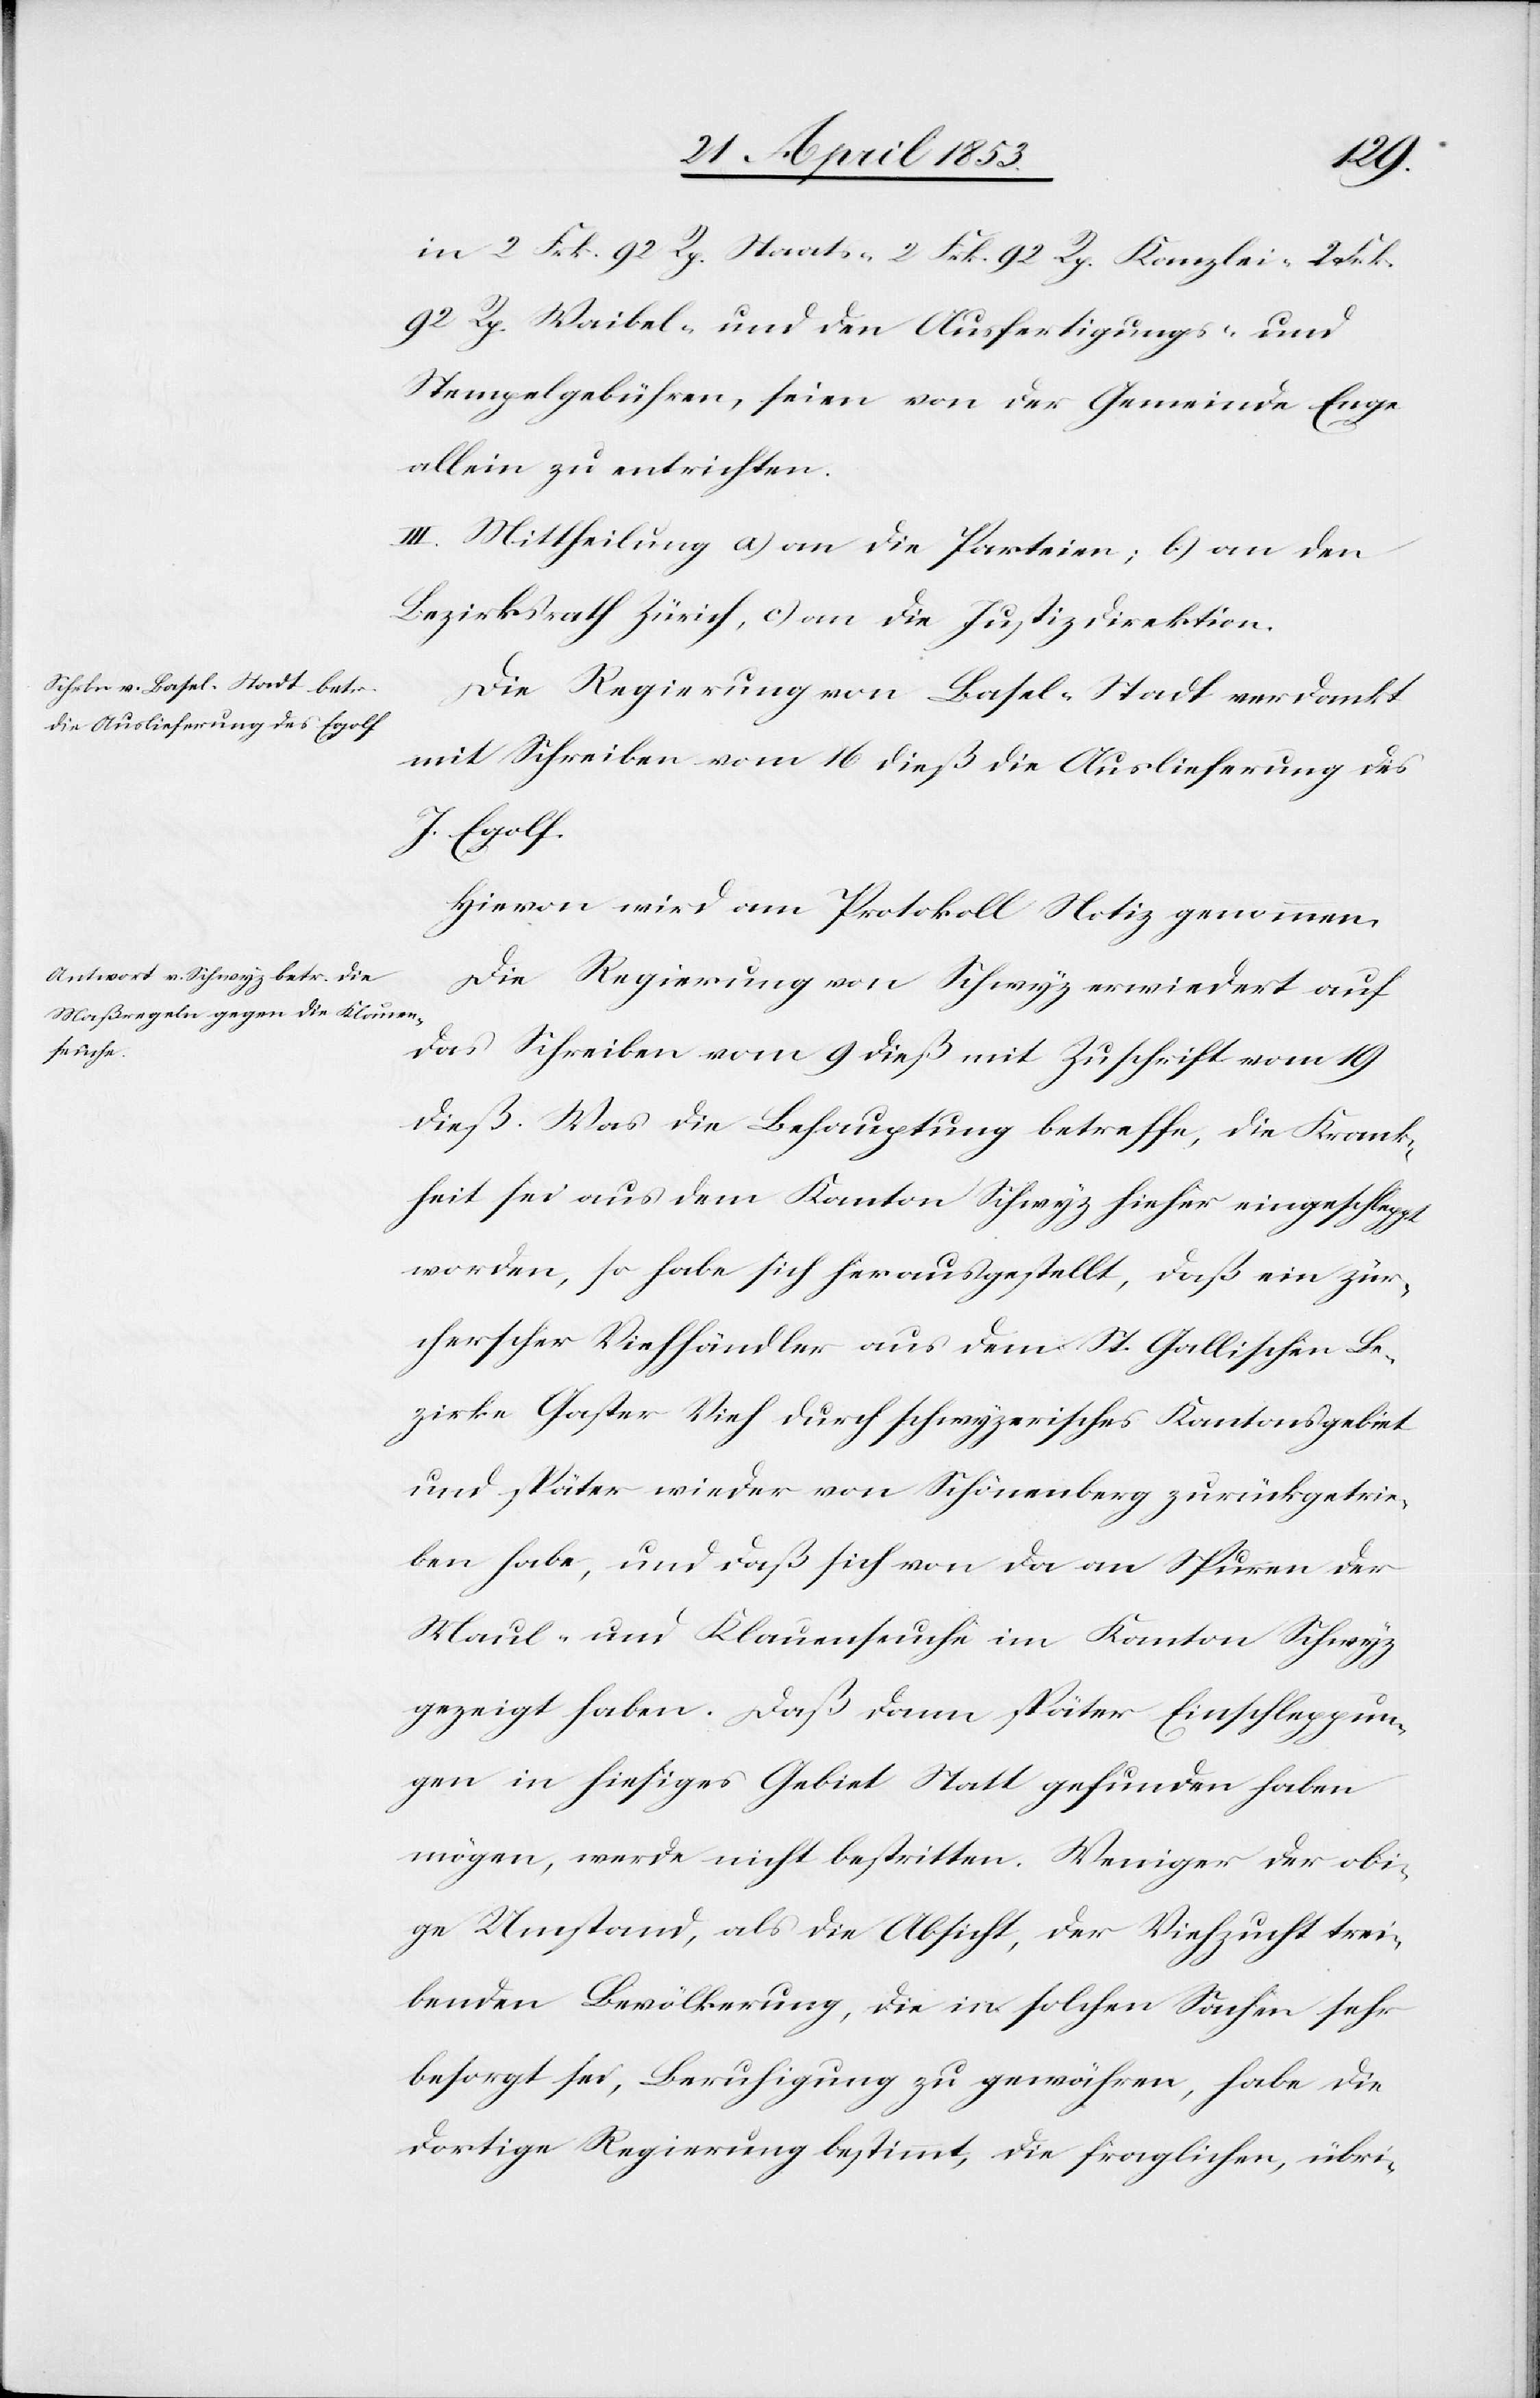
2 Frk. 92 Rp. Staats- 2 Frk. 92 Rp. Kanzlei- 2 Frk.
92 Rp. Waibel- und den Ausfertigungs- und
Stempelgebühren, seien von der Gemeinde Enge
allein zu entrichten.
III. Mittheilung an a) an die Parteien; b) an den
Bezirksrath Zürich, c) an die Justizdirektion.
Die Regierung von Basel-Stadt verdankt
mit Schreiben vom 16 dieß die Auslieferung des
J. Egolf.
Hievon wird am Protokoll Notiz genommen.
Die Regierung von Schwyz erwiedert auf
das Schreiben vom 9 dieß mit Zuschrift vom 19
dieß. Was die Behauptung betreffe, die Krank¬
heit sei aus dem Kanton Schwyz hieher eingeschleppt
worden, so habe sich herausgestellt, daß ein zür¬
cherscher Viehhändler aus dem St. Gallischen Be¬
zirke Gaster Vieh durch schwyzerisches Kantonsgebiet
und später wieder von Schönenberg zurückgetrie¬
ben habe, und daß sich von da an Spuren der
Maul- und Klauenseuche im Kanton Schwyz
gezeigt haben. Daß dann später Einschleppun¬
gen in hiesiges Gebiet Statt gefunden haben
mögen, werde nicht bestritten. Weniger der obi¬
ge Umstand, als die Absicht, der Viehzucht trei¬
benden Bevölkerung, die in solchen Sachen sehr
besorgt sei, Beruhigung zu gewähren, habe die
dortige Regierung bestimmt, die fraglichen, übri-